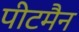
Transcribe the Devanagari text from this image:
पीटमैन